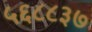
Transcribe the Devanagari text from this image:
५६८८३७